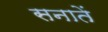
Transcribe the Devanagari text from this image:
सनातें